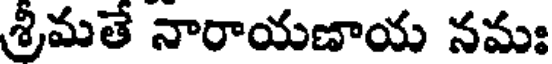
శ్రీమతే నారాయణాయ నమః